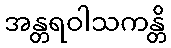
အန္တရဝါသကန္တိ